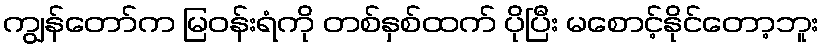
ကျွန်တော်က မြဝန်းရံကို တစ်နှစ်ထက် ပိုပြီး မစောင့်နိုင်တော့ဘူး